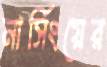
নার্সিংয়ের